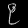
Digit: ၉